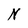
Character: N